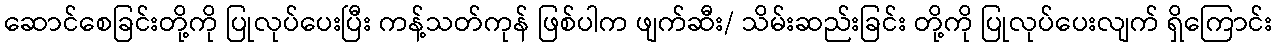
ဆောင်စေခြင်းတို့ကို ပြုလုပ်ပေးပြီး ကန့်သတ်ကုန် ဖြစ်ပါက ဖျက်ဆီး/ သိမ်းဆည်းခြင်း တို့ကို ပြုလုပ်ပေးလျက် ရှိကြောင်း